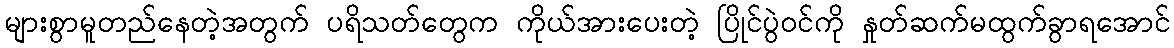
များစွာမူတည်နေတဲ့အတွက် ပရိသတ်တွေက ကိုယ်အားပေးတဲ့ ပြိုင်ပွဲဝင်ကို နှုတ်ဆက်မထွက်ခွာရအောင်